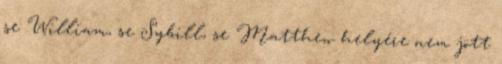
se William, se Sybill, se Matthew helyére nem jött